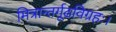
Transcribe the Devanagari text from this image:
मित्रान्तर्गूढविग्रहः।